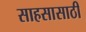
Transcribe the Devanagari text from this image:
साहसासाठी